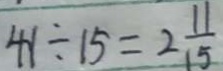
4 1 \div 1 5 = 2 \frac { 1 1 } { 1 5 }